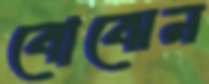
বোঝেন